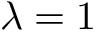
\lambda = 1